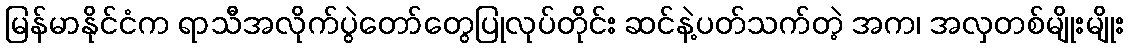
မြန်မာနိုင်ငံက ရာသီအလိုက်ပွဲတော်တွေပြုလုပ်တိုင်း ဆင်နဲ့ပတ်သက်တဲ့ အက၊ အလှတစ်မျိုးမျိုး